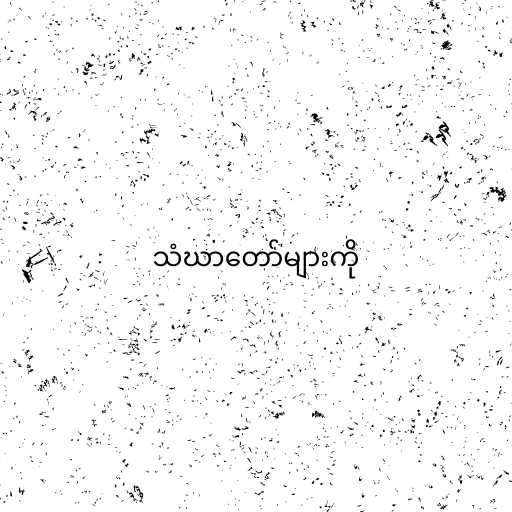
သံဃာတော်များကို